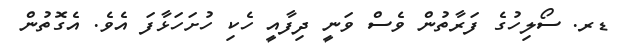
ޑރ. ސޯލިހުގެ ފަރާތުން ވެސް ވަނީ ދިފާއީ ހެކި ހުށަހަޅާފަ އެވެ. އެގޮތުން